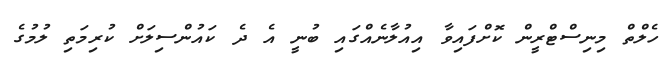
ހެލްތް މިނިސްޓްރީން ކޮށްފައިވާ އިއުލާނެއްގައި ބުނީ އެ ދެ ކައުންސިލަށް ކުރިމަތި ލުމުގެ